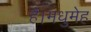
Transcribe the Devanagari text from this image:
है।मधुमेह